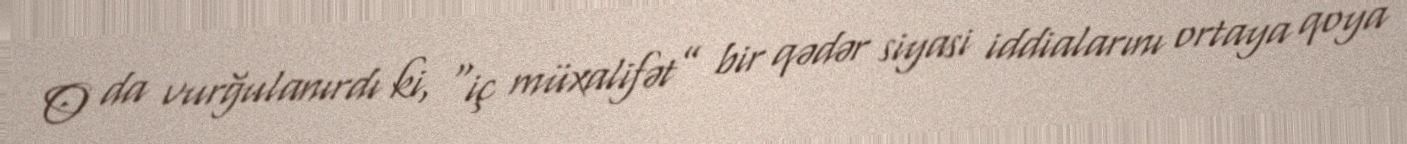
O da vurğulanırdı ki, “iç müxalifət” bir qədər siyasi iddialarını ortaya qoya